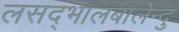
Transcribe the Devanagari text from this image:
लसद्भालबालेन्दु